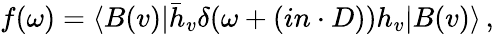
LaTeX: f(\omega)=\langle B(v)|\bar{h}_{v}\delta(\omega+(in\cdot D))h_{v}|B(v)\rangle\, ,